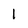
Character: 1